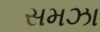
સમઝા